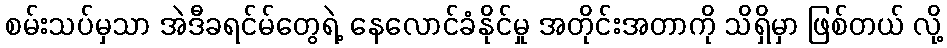
စမ်းသပ်မှသာ အဲဒီခရင်မ်တွေရဲ့ နေလောင်ခံနိုင်မှု အတိုင်းအတာကို သိရှိမှာ ဖြစ်တယ် လို့